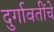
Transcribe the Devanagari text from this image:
दुर्गावतींचे